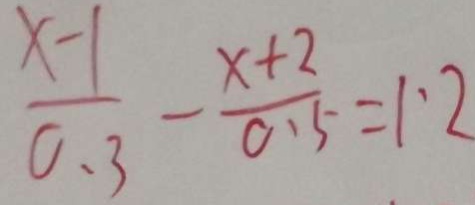
\frac { x - 1 } { 0 . 3 } - \frac { x + 2 } { 0 . 5 } = 1 . 2